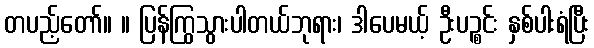
တပည့်တော်။ ။ ပြန်ကြွသွားပါတယ်ဘုရား၊ ဒါပေမယ့် ဦးပဉ္စင်း နှစ်ပါးရံပြီး